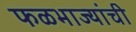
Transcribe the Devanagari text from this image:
फळभाज्यांची